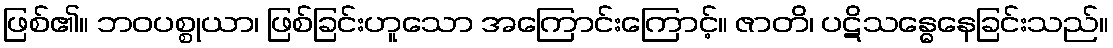
ဖြစ်၏။ ဘဝပစ္စုယာ၊ ဖြစ်ခြင်းဟူသော အကြောင်းကြောင့်။ ဇာတိ၊ ပဋိသန္ဓေနေခြင်းသည်။